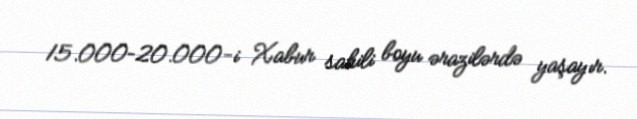
15.000–20.000-i Xabur sahili boyu ərazilərdə yaşayır.